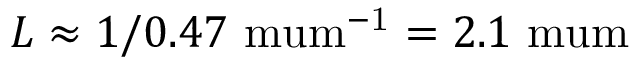
L \approx 1 / 0 . 4 7 \mathrm { \ m u m ^ { - 1 } } = 2 . 1 \mathrm { \ m u m }